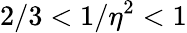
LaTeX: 2/3<1/\eta^{2}<1